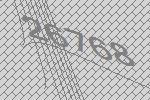
26768